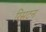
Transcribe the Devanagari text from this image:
रिसटन